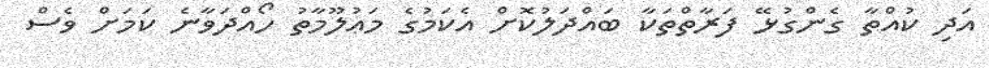
އަދި ކުއްތާ ގެންގުޅޭ ފަރާތްތަކާ ބައްދަލުކޮށް އެކަމުގެ މަޢުލޫމާތު ހޯއްދަވާނެ ކަމަށް ވެސް